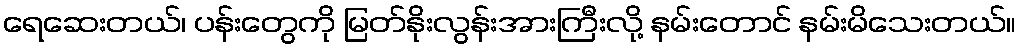
ရေဆေးတယ်၊ ပန်းတွေကို မြတ်နိုးလွန်းအားကြီးလို့ နမ်းတောင် နမ်းမိသေးတယ်။